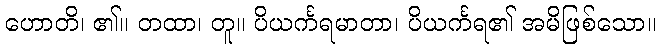
ဟောတိ၊ ၏။ တထာ၊ တူ။ ပိယင်္ကရမာတာ၊ ပိယင်္ကရ၏ အမိဖြစ်သော။